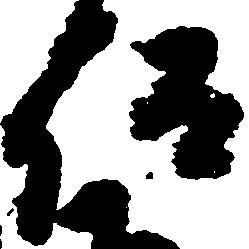
仰